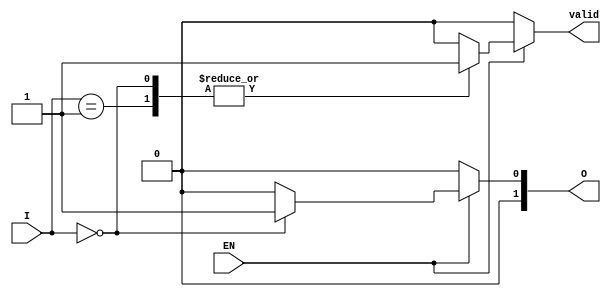
module one_of_n_encoder #(parameter N = 4) (
    input wire [N-1:0] I,   // N input lines
    input wire EN,          // Enable signal
    output reg [log2(N)-1:0] O, // log2(N) output lines
    output reg valid        // Indicates if the output is valid
);

// Function to calculate log2 of N
function integer log2;
    input integer value;
    begin
        log2 = 0;
        while (2**log2 < value) begin
            log2 = log2 + 1;
        end
    end
endfunction

// Always block for combinational logic
always @(*) begin
    if (!EN) begin
        O = {log2(N){1'b0}}; // Default state: all outputs zero
        valid = 0;          // Output is not valid
    end else begin
        valid = 1;          // Output is valid
        case (I)
            1'b1: O = 0;    // I[0] active
            1'b10: O = 1;   // I[1] active
            1'b100: O = 2;  // I[2] active
            1'b1000: O = 3; // I[3] active
            // Add more cases as needed for larger N
            default: begin
                O = {log2(N){1'b0}}; // Default state if no valid input
                valid = 0;          // Output is not valid
            end
        endcase
    end
end

endmodule